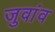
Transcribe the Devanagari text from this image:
जुवांव